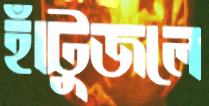
হাঁটুজলে